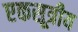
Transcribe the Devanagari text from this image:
एकसूत्रीय